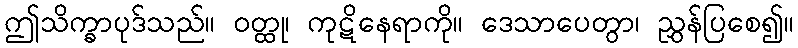
ဤသိက္ခာပုဒ်သည်။ ဝတ္ထု၊ ကုဋိနေရာကို။ ဒေသာပေတွာ၊ ညွှန်ပြစေ၍။